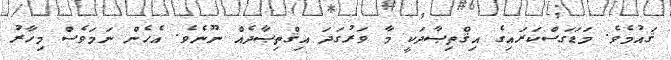
ޤައުމެވެ. މަޑަގަސްކަރައިގެ އިޤްތިޞާދަކީ މާ ވަރުގަދަ އިޤްތިޞާދެއް ނޫނެވެ. އެހެން ނަމަވެސް މިހާރު